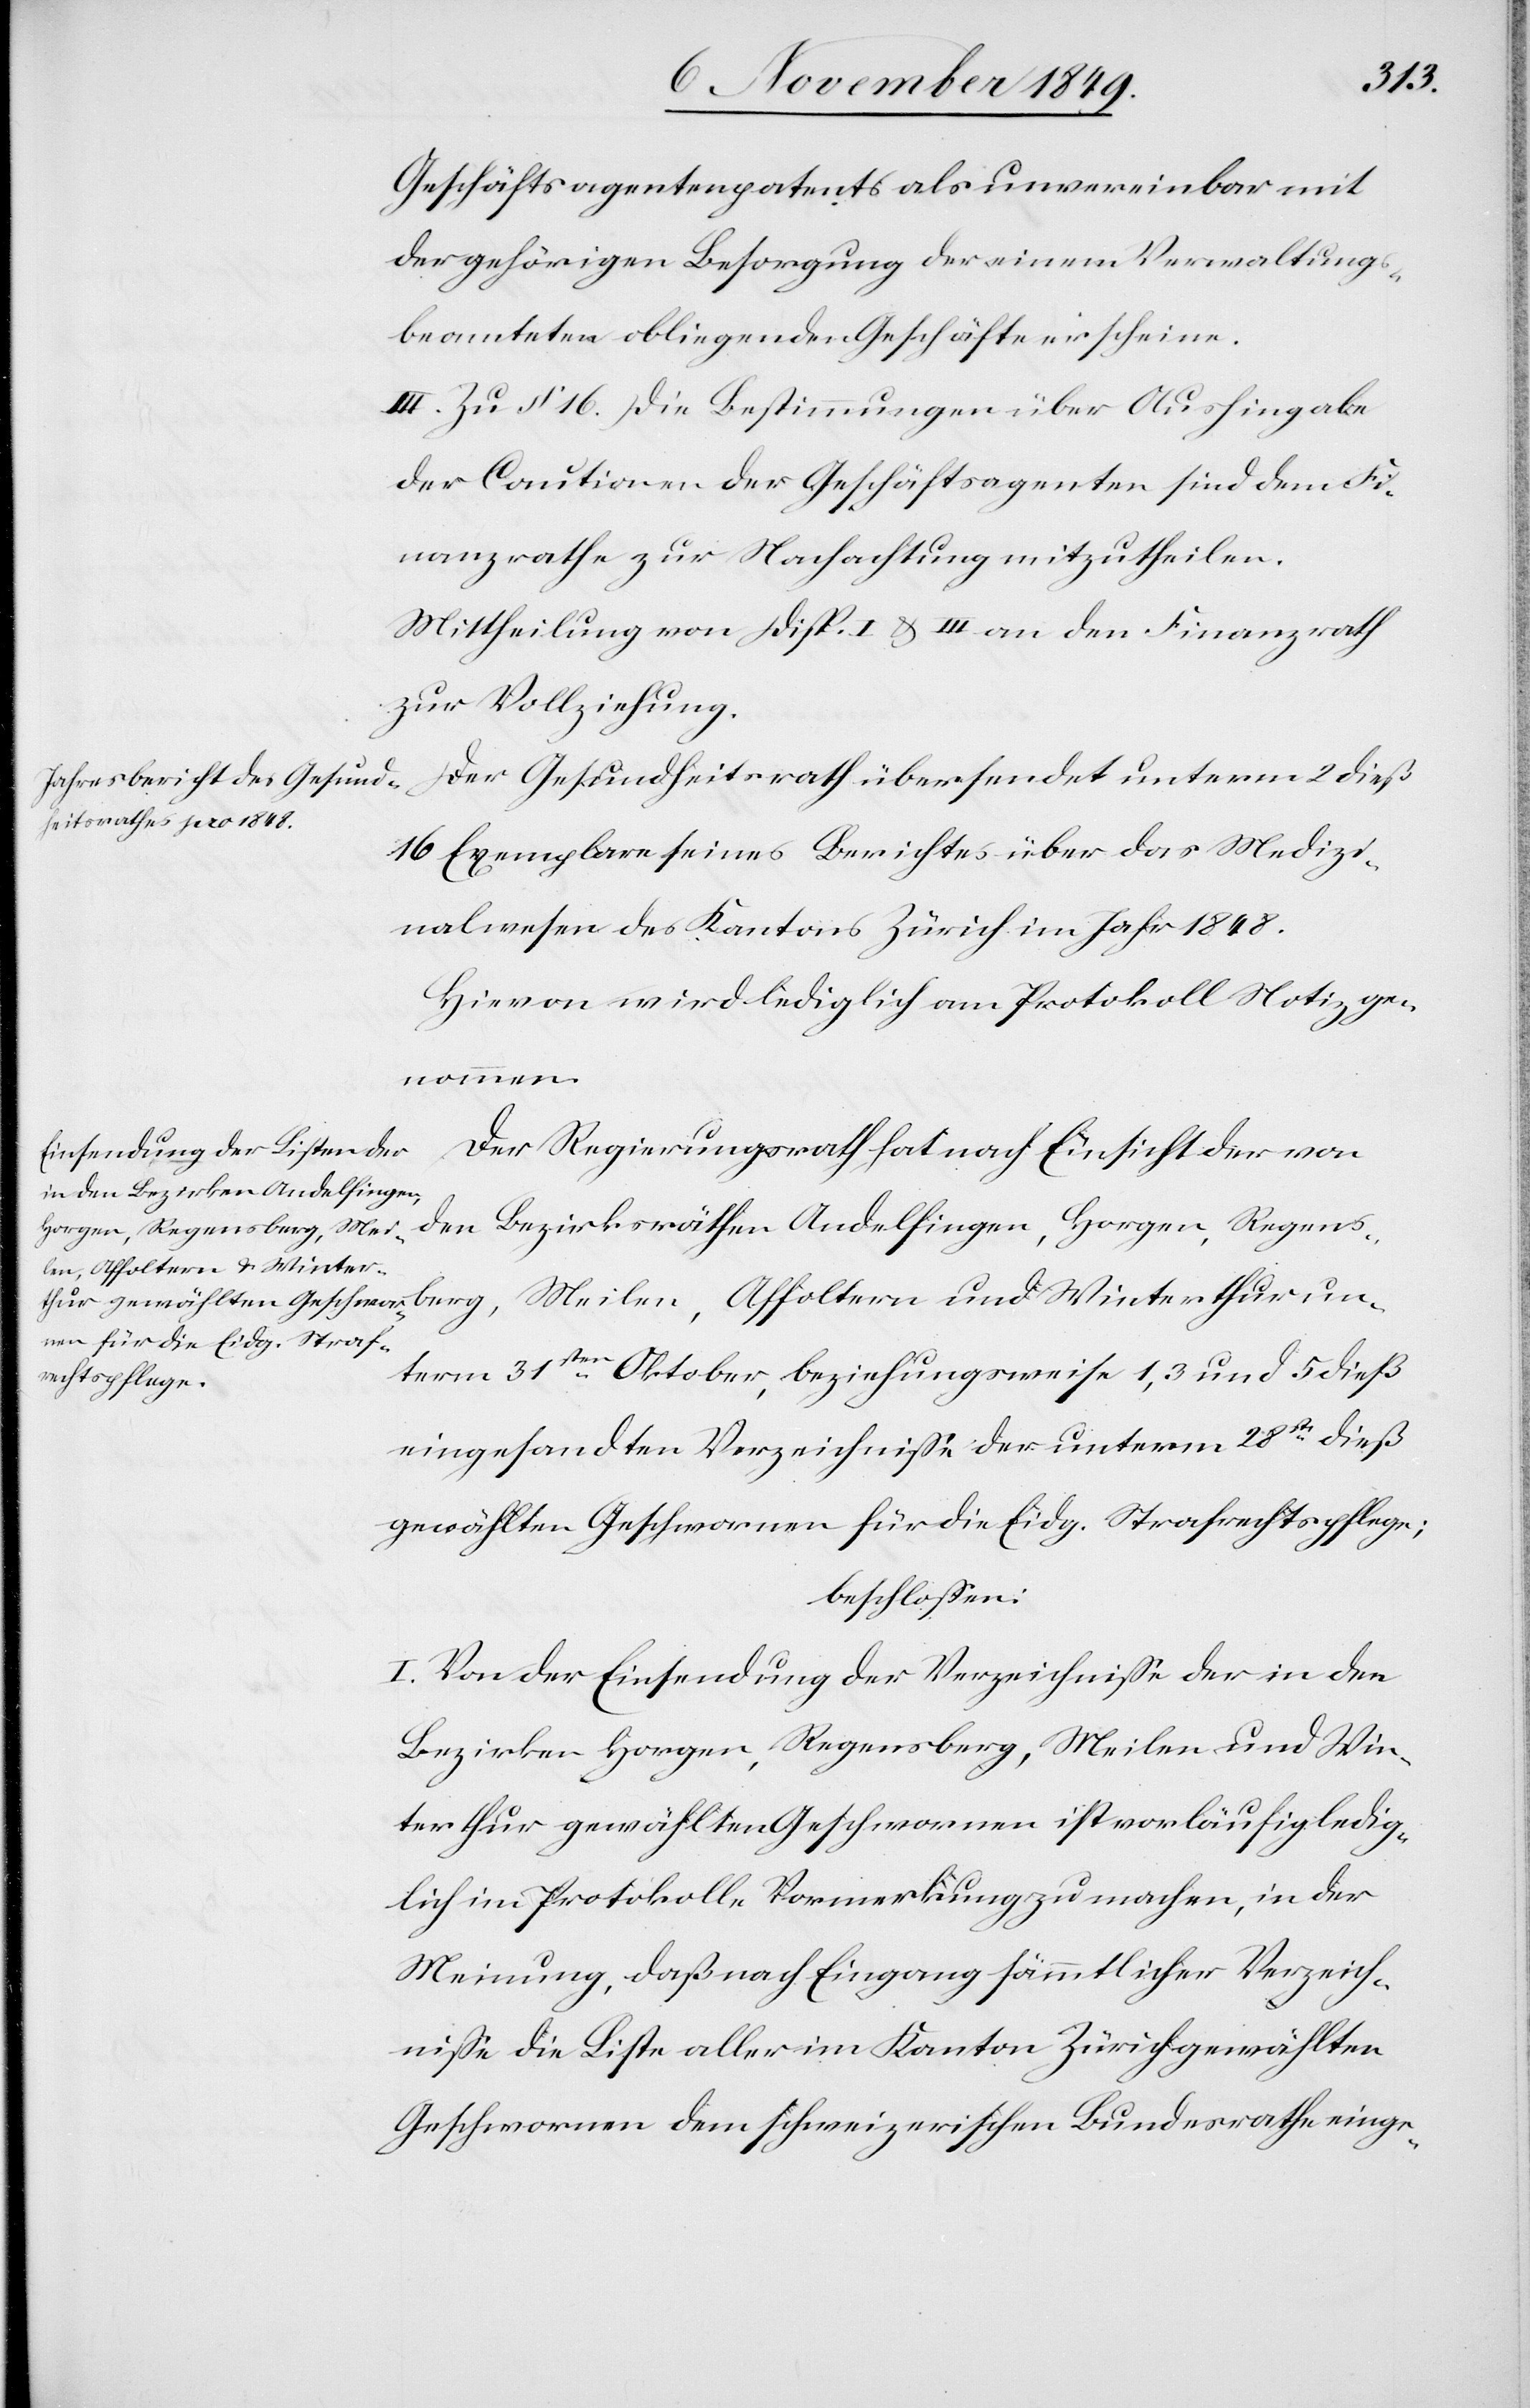
un¬
Geschäftsagentenpatents als unvereinbar mit
der gehörigen Besorgung der einem Verwaltungs¬
beamteten obliegenden Geschäfte erscheinen.
III. Zu § 16 die Bestimmung über Aushingabe
der Cautionen der Geschäftsagenten sind dem Fi¬
nanzrathe zur Nachachtung mitzutheilen.
Mittheilung von Disp. I u. III an den Finanzrath
zur Vollziehung.
Der Gesundheitsrath übersendet unterm 2 dieß
16 Exemplare seines Berichtes über das Medizi¬
nalwesen des Kantons Zürich im Jahr 1848.
Hievon wird lediglich am Protokoll Notiz ge¬
berg,
Der Regierungsrath hat nach Einsicht der von
den Bezirksräthen Andelfingen, Horgen, Regens¬
len, Affoltern und Winter¬
term 31sten Oktober, beziehungsweise 1,3 und 5 dieß
eingesandten Verzeichniße der unterm 28ste dieß
gewählten Geschworenen für die Eidg. Strafrechtspflege;
beschloßen:
I. Von der Einsendung der Verzeichniße der in den
Bezirken Horgen, Regensberg, Meilen und Win¬
terthur gewählten Geschworenen ist vorläufig ledig¬
lich im Protokolle Vormerkung zu machen, in der
Meinung, daß nach Eingang sämmtlicher Verzeich¬
niße die Liste aller im Kanton Zürich gewählten
Geschworenen dem schweizerischen Bundesrathe einge-